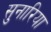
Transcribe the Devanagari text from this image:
सुनारिया